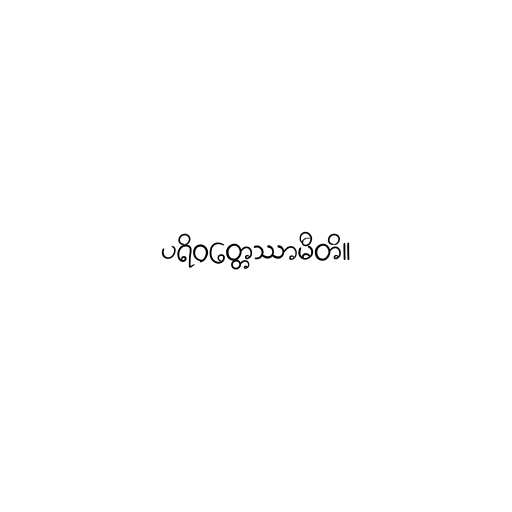
ပရိဝတ္တေဿာမီတိ။